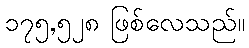
၁၇၅,၅၂၈ ဖြစ်လေသည်။